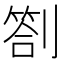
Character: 劄